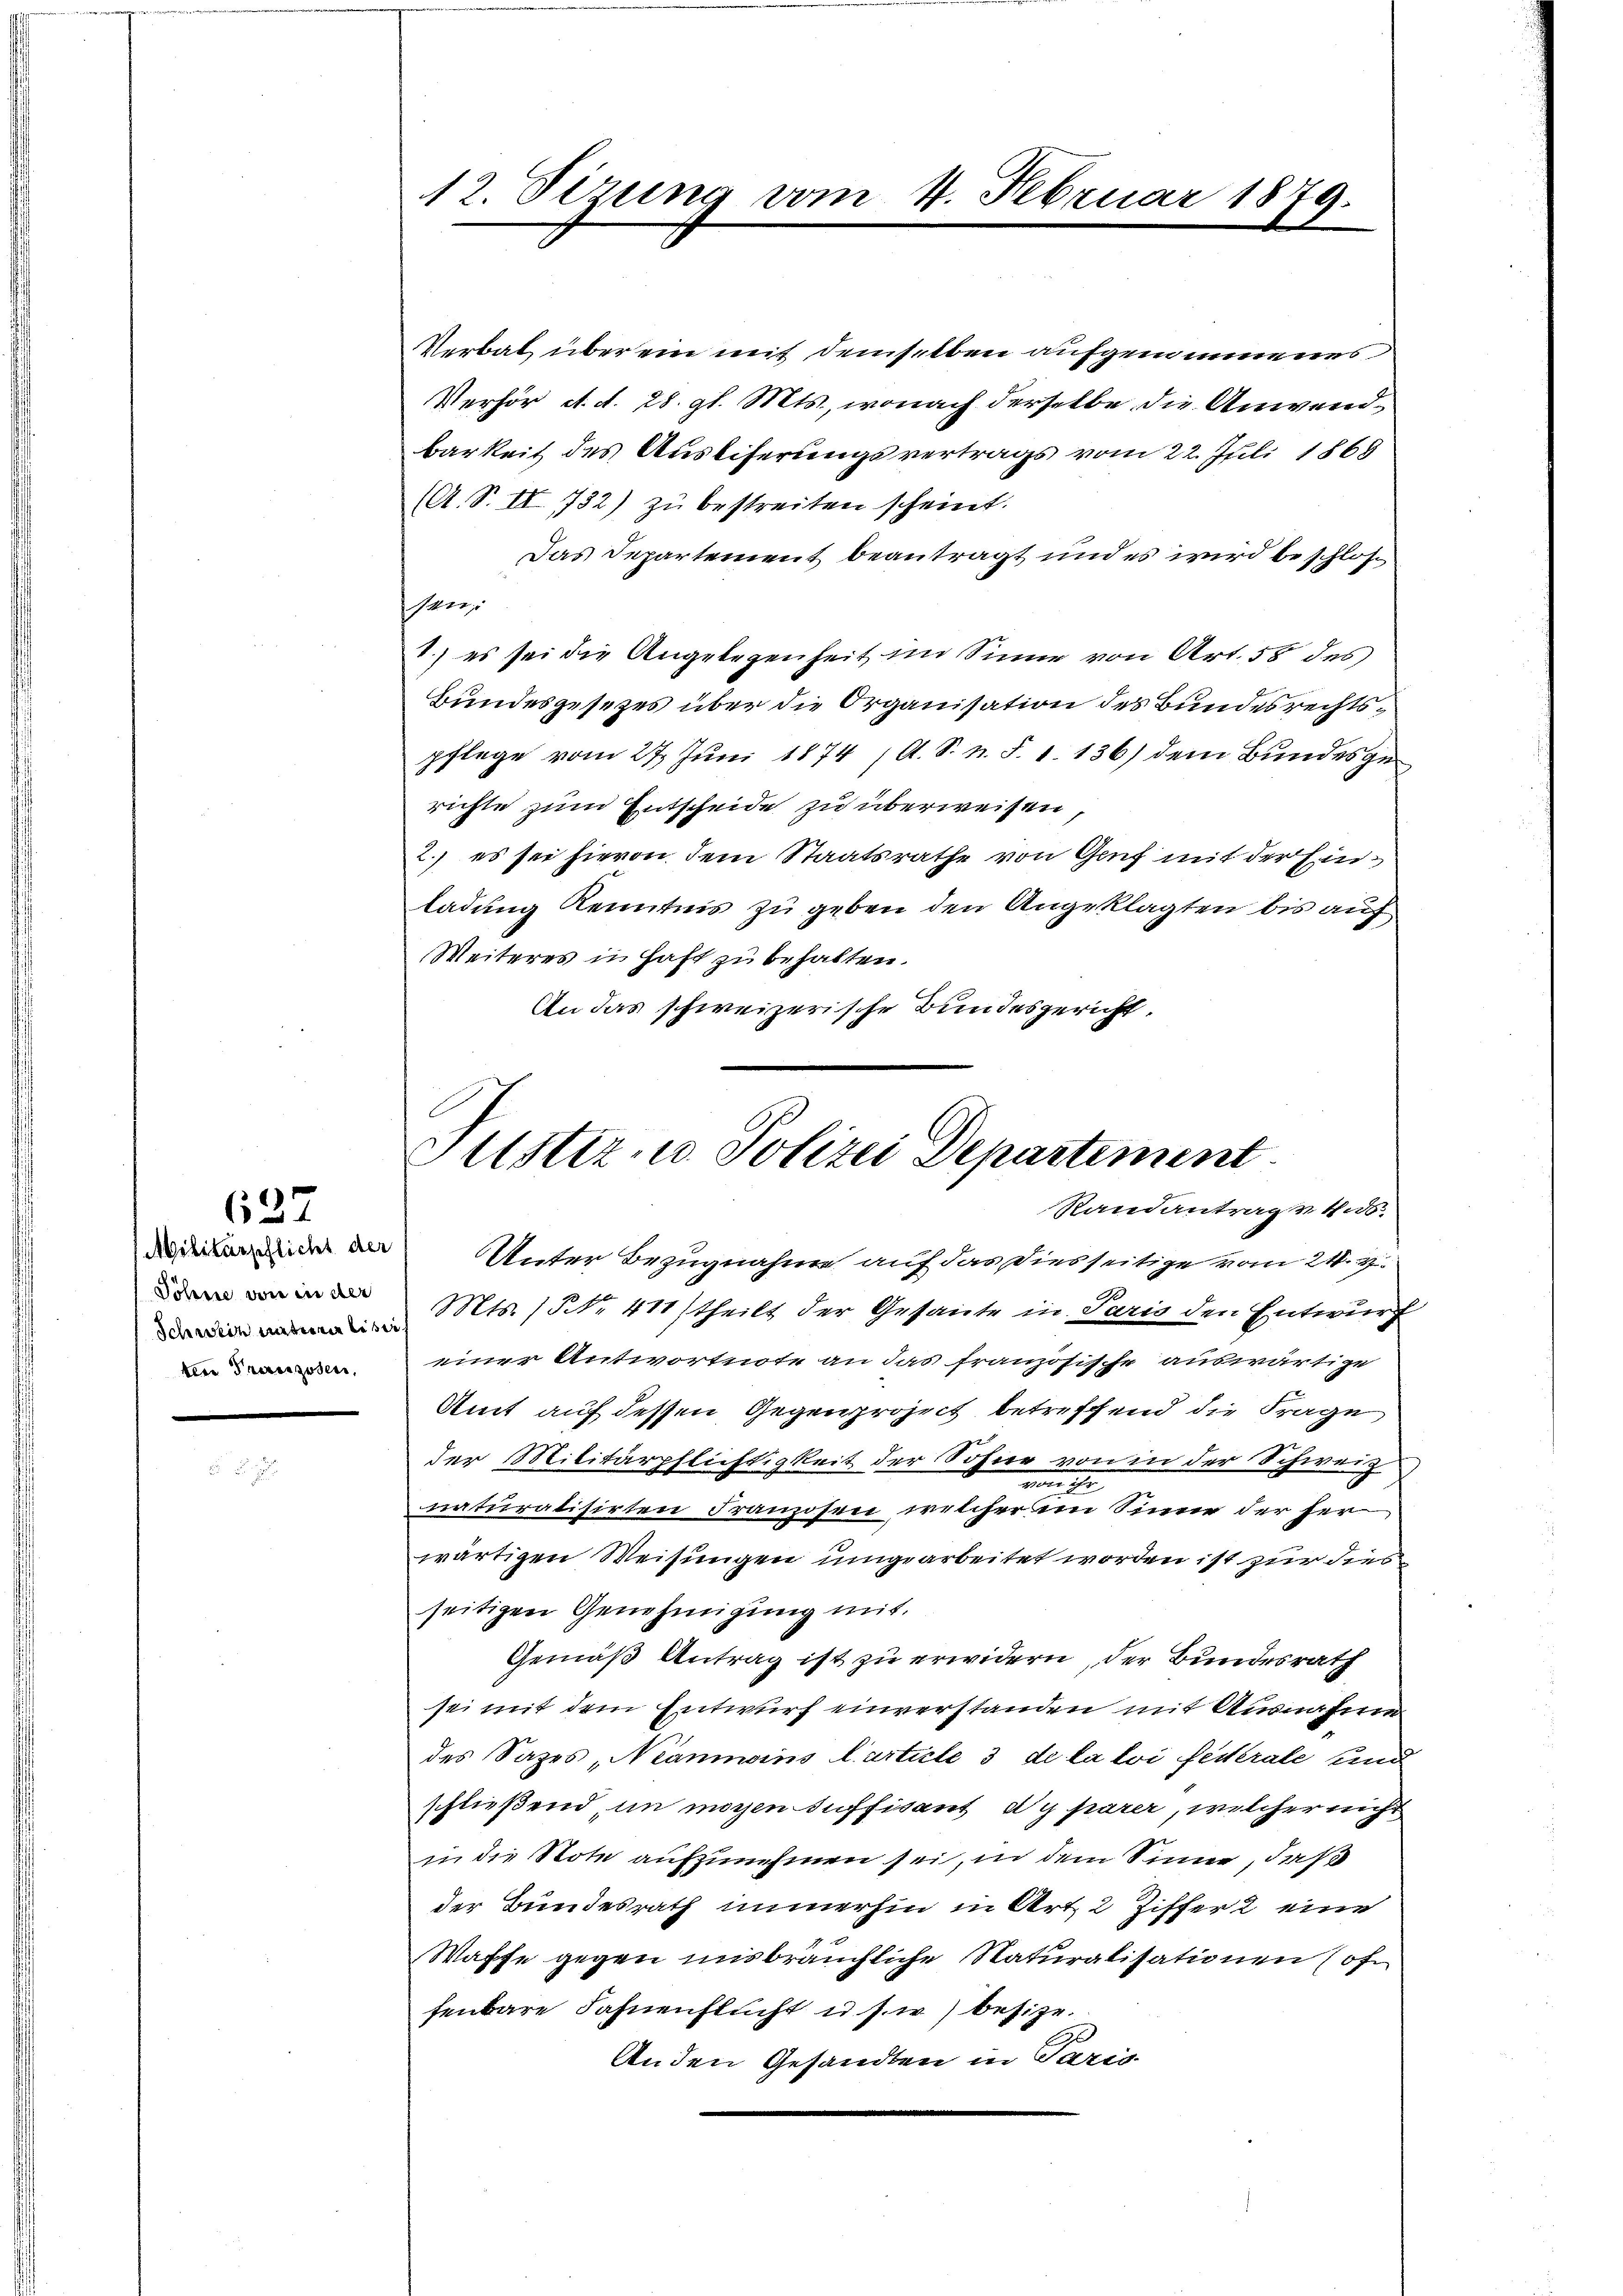
Militärpflicht der
Söhne von in der
ten Prerenzusen,

627

12. Sezung vom 4. Februar 1879.

Verbal über ein mit demselben aufgenommenes
Verhör d. d. 28. gl. Mts., wonach derselbe die Anwend¬
Barkeit des Auslieferungsvertrags vom 22. Juli 1868
(A. S. IV 732) zu bestreiten scheint.
Das Departement beantragt und es wird beschlos
sen
1.) es sei die Angelegenheit im Sinne von Art. 58 des
Bundesgesezes über die Organisation des Bundesrechtspflege vom 27. Juni 1874 /A. S. n. F. 1. 136) dem Bundesgerichte zum Entscheide zu überweisen,
2.) es sie hievon dem Staatsrathe von Genf mit der Einladung Kenntnis zu geben den Angeklagten bis auf
Weiteres in Haft zu behalten.
An das schweizerische Bundesgericht.
Unter Bezugnahme auf das Diesseitige vom 21. J
Mts. / NNo. 411 (theils der Gesante in Paris den Entwurf
einer Antwortnote an das französische auswärtige
Amt auf dessen Gegenproject betreffend die Frage
der Militärpflichtigkeit der Sohne von in der Schweiz
von der
naturalisirten Franzosen, welcher im Sinne der fer
wärtigen Weisungen umgearbeitet worden ist zur dies
seitigen Genehmigung mit.
Gemäß Antrag ist zu erwidern, der Bundesrath
sei mit dem Entwurf einverstanden mit Ausnahme
des Sazes, Nanmoins Carticle 3 de la loi festerale und
schließend, in mögen suffisant d’y parer, welcher nicht
in die Note aufzunehmen sei, in dem Sinne, daß
der Bundesrath immerhin in Art. 2 Ziffer 2 eine
Wasse gegen uns bräuchliche Naturalisationen (offenbare Fahnenflucht u. s. w.) besitze.
Anden Gesandten in Paris

Justiz- u. Polizei Departement
Randantrags 1.6.